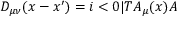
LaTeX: D _ { \mu \nu } ( x - x ^ { \prime } ) = i < 0 | T { \cal A } _ { \mu } ( x ) { \cal A }